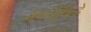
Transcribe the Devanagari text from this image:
नेण्याकडे